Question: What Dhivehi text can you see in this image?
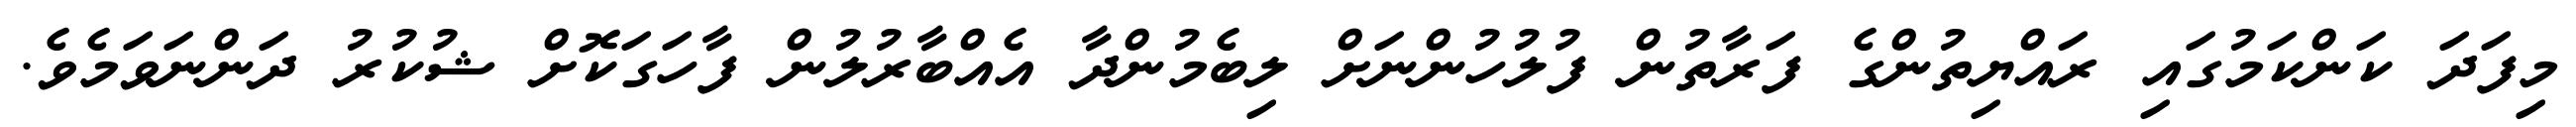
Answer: މިފަދަ ކަންކަމުގައި ރައްޔިތުންގެ ފަރާތުން ފުލުހުންނަށް ލިބެމުންދާ އެއްބާރުލުން ފާހަގަކޮށް ޝުކުރު ދަންނަވަމެވެ.